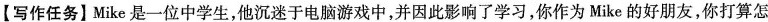
【写作任务】Mike是一位中学生，他沉迷于电脑游戏中，并因此影响了学习，你作为Mike的好朋友，你打算怎